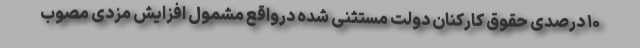
۱۰ درصدی حقوق کارکنان دولت مستثنی شده درواقع مشمول افزایش مزدی مصوب